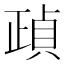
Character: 𣦓